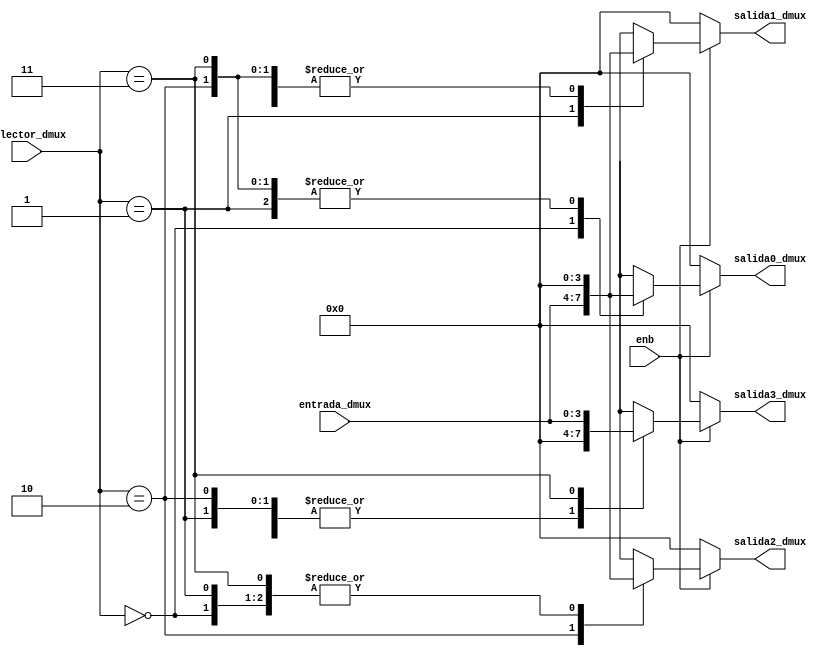
module demux #(parameter DATA_WIDTH = 4) (
  input enb,
  input [DATA_WIDTH -1:0] entrada_dmux,
  input [$clog2(DATA_WIDTH) -1:0] selector_dmux,
  output [DATA_WIDTH -1:0] salida0_dmux,
  output [DATA_WIDTH -1:0] salida1_dmux,
  output [DATA_WIDTH -1:0] salida2_dmux,
  output [DATA_WIDTH -1:0] salida3_dmux
);

  // Entradas
  wire enb;
  wire [DATA_WIDTH-1:0] entrada_dmux;
  wire [$clog2(DATA_WIDTH) -1:0] selector_dmux;

  // Salidas
  reg [DATA_WIDTH-1:0] salida0_dmux;
  reg [DATA_WIDTH-1:0] salida1_dmux;
  reg [DATA_WIDTH-1:0] salida2_dmux;
  reg [DATA_WIDTH-1:0] salida3_dmux;

  //Funcionamiento
  always @ ( * ) begin
		  salida0_dmux = 0;
		  salida1_dmux = 0;
		  salida2_dmux = 0;
		  salida3_dmux = 0;
	  if (enb) begin
		  case(selector_dmux)
			  2'b00 : salida0_dmux = entrada_dmux;
			  2'b01 : salida1_dmux = entrada_dmux;
			  2'b10 : salida2_dmux = entrada_dmux;
			  2'b11 : salida3_dmux = entrada_dmux;
		  endcase
	  end
end

endmodule